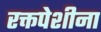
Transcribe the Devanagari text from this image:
रक्तपेशीना